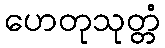
ဟေတုသုတ္တံ